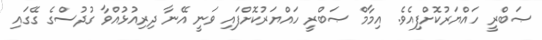
ޞަބްރީ ހައްޔަރުކޮށްފިއެވެ. އިމާމް ޞަބްރީ ހައްޔަރުކޮށްފައި ވަނީ އޭނާ ދިރިއުޅުއްވާ ގުދުސްގެ ގޭގައި